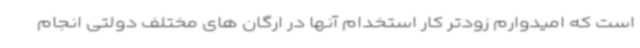
است که امیدوارم زودتر کار استخدام آنها در ارگان های مختلف دولتی انجام